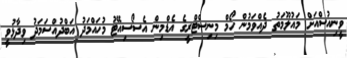
ވީނިއުސްއަށް މައުލޫމަތު ދެއްވަމުން ހޯމް މިނިސްޓްރީގެ އެޑްމިން އެސޯސިއޭޓު މުހައްމަދު އަބްދުއްސަމަދު ވިދާޅުވީ